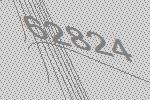
62824